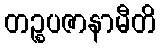
တဉ္စပဇာနာမီတိ